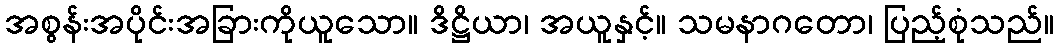
အစွန်းအပိုင်းအခြားကိုယူသော။ ဒိဋ္ဌိယာ၊ အယူနှင့်။ သမနာဂတော၊ ပြည့်စုံသည်။